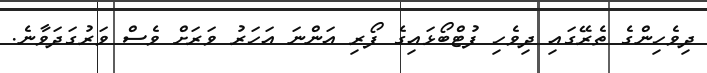
ދިވެހިންގެ ތެރޭގައި ދިވެހި ފުޓްބޯޅައިގެ ފޯރި އަންނަ އަހަރު ވަރަށް ވެސް ވަރުގަދަވާނެ.